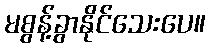
မစွန့်ခွာနိုင်သေးပေ။